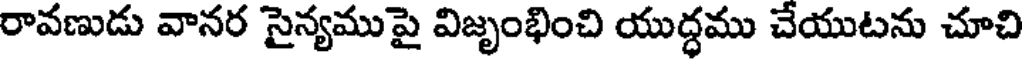
రావణుడు వానర సైన్యముపై విజృంభించి యుద్ధము చేయుటను చూచి